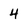
Character: 4